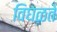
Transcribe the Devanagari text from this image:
विघळते